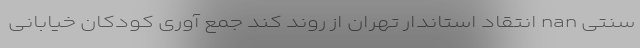
سنتی nan انتقاد استاندار تهران از روند کند جمع آوری کودکان خیابانی